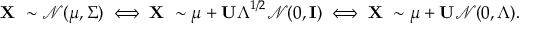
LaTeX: \mathbf { X } \ \sim { \mathcal { N } } ( { \boldsymbol { \mu } } , { \boldsymbol { \Sigma } } ) \iff \mathbf { X } \ \sim { \boldsymbol { \mu } } + \mathbf { U } { \boldsymbol { \Lambda } } ^ { 1 / 2 } { \mathcal { N } } ( 0 , \mathbf { I } ) \iff \mathbf { X } \ \sim { \boldsymbol { \mu } } + \mathbf { U } { \mathcal { N } } ( 0 , { \boldsymbol { \Lambda } } ) .